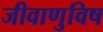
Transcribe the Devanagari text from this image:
जीवाणुविष